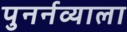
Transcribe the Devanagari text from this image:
पुनर्नव्याला